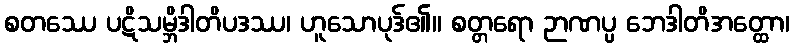
စတဿေ ပဋိသမ္ဘိဒါတိပဒဿ၊ ဟူသောပုဒ်၏။ စတ္တရော ဉာဏပ္ပ ဘေဒါတိအတ္ထော၊